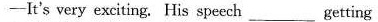
——It's very exciting. His speech___getting